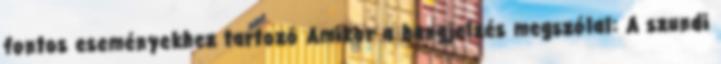
fontos eseményekhez tartozó Amikor a hangjelzés megszólal: A szundi